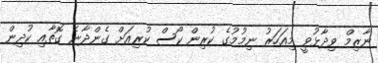
ނާޒިމް ވިދާޅުވީ މިއަހަރު ނިމުމުގެ ކުރިން ކޯސް ކުރިއަށް ގެންދާނެ ގޮތާއި ކުދިން